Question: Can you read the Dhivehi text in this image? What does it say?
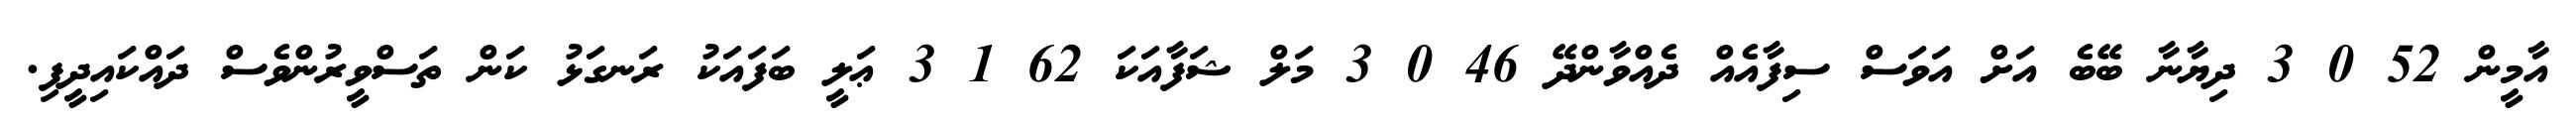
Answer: އާމީން 52 0 3 ދިޔާނާ ބޭބެ އަށް އަވަސް ސިފާއެއް ދެއްވާންދޭ 46 0 3 މަލް ޝަފާއަކަ 62 1 3 ޢަލީ ބަފައަކު ރަނގަޅު ކަން ތަސްވީރުންވެސް ދައްކައިދީފި.